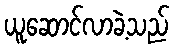
ယူဆောင်လာခဲ့သည်